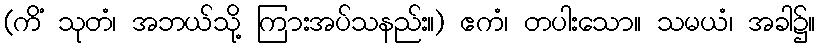
(ကိံ သုတံ၊ အဘယ်သို့ ကြားအပ်သနည်း။) ဧကံ၊ တပါးသော။ သမယံ၊ အခါ၌။